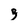
Character: g